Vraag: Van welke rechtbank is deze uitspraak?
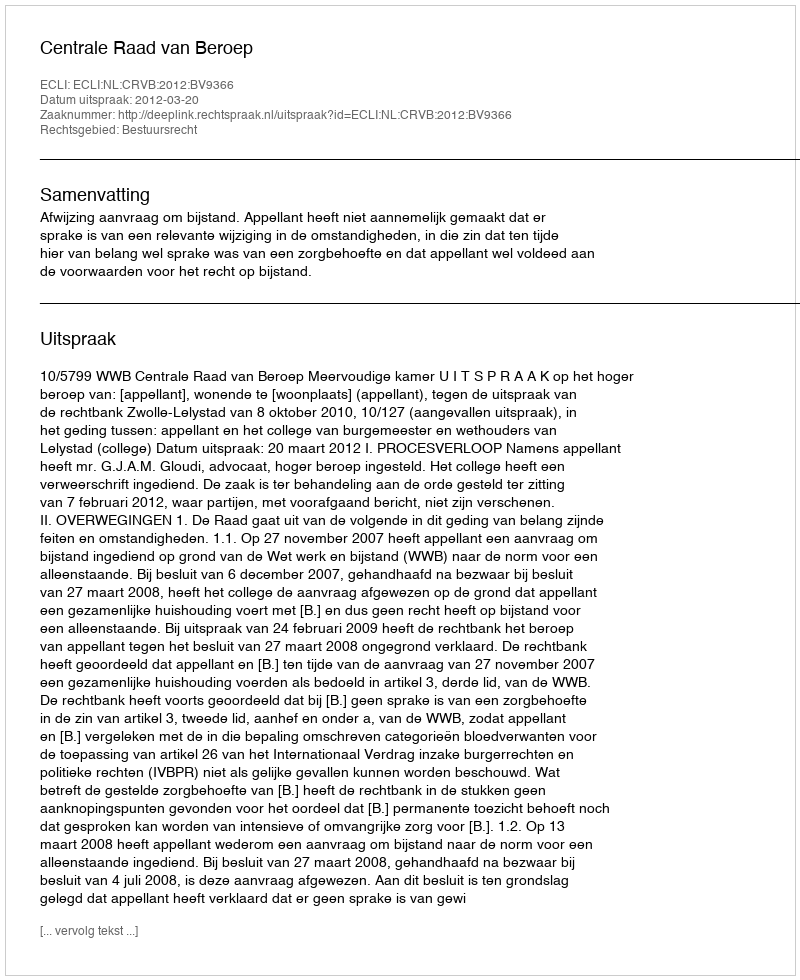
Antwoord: Centrale Raad van Beroep